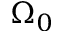
\Omega _ { 0 }